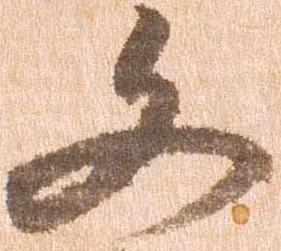
文